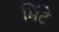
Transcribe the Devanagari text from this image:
मिंटे